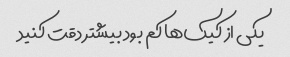
یکی از کیک‌ها کم بود بیشتر دقت کنید